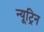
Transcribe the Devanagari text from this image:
न्यूट्रिन